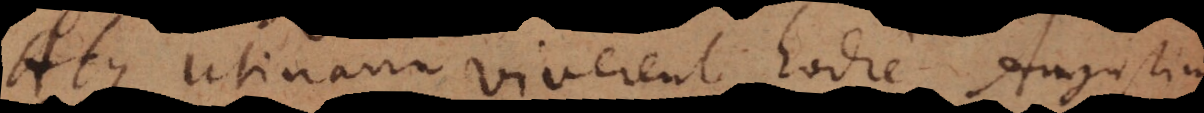
Atque utinam viverent hodie Augustini